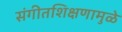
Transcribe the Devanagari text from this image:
संगीतशिक्षणामुळे